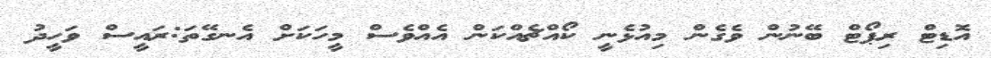
އޮޑިޓް ރިޕޯޓް ބޭނުން ވެގެން މިއުޅެނީ ކޯއްޗެއްކަން އެއްވެސް މީހަކަށް އެނގޭތަ:ރައީސް ވަހީދު